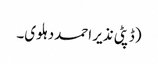
(ڈپٹی نذیر احمددہلوی۔